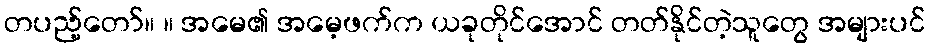
တပည့်တော်။ ။ အမေ၏ အမေ့ဖက်က ယခုတိုင်အောင် တတ်နိုင်တဲ့သူတွေ အများပင်